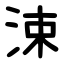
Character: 涑